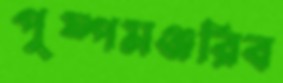
পুষ্পমঞ্জরিব